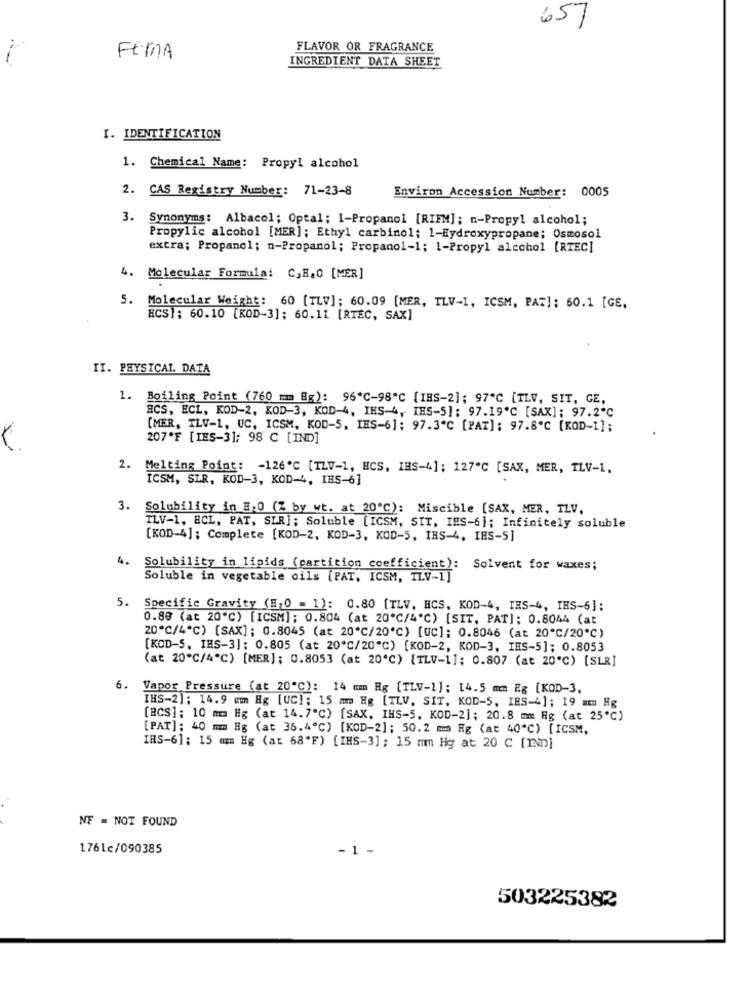
651
FLAVOR OR FRAGRANCE
FEMA
INGREDIENT DATA SHEET
I. IDENTIFICATION
1. Chemical Name: Propyl alcohol
2. CAS Registry Number: 71-23-8
Environ Accession Number: 0005
3.
Synonyms: Albacol; Optal; 1-Propanol [RIFM]; n-Propyl alcohol;
Propylic alcohol [MER]; Ethyl carbinol; 1-Eydroxypropane; Osmosol
extra; Propanol; n-Propanol; Propanol-1; 1-Propyl alcohol [RTEC]
Molecular Formula: C,E20 [MER]
5. Molecular Weight: 60 [TLV]; 60.09 [MER, ILV-1, ICSM, PAT]: 60.1 [GE,
aCS]: 60.10 [KOD-3]; 60.11 [RTEC, SAX]
II. PHYSICAL DATA
1. Boiling Point (760 mm Hg): 96'℃-98'℃ [ IHS-2]; 97ª℃ [TLV, SIT, GE,
ECS, ECL, KOD-2, KOD-3, KOD-4, IHS-4, IHS-5]; 97.19'℃ [SAX]; 97.2℃
[MER, TLV-1, UC, ICSM, KOD-S. IES-6]; 97.3"℃ [PAT]: 97.8℃ [KOD-1];
207ºF [IES-31; 98 C [IND]
2.
Melting Point: - 126℃ [TZV-1, HCS, IES-4]; 127'℃ [SAX, MER, TLV-1.
ICSM, SLR, KOD-3, KOD-4, IHS-6]
3.
Solubility in #20 (% by wt. at 20℃): Miscible [SAX, MER, ILV,
TLV-1, 8CL, PAT, SIR]; Soluble [ICSM, SIT, IES-6]; Infinitely soluble
[KOD-4]; Complete [KOD-2, KOD-3, KOD-5, IHS-4, IES-5]
4.
Solubility in lipids (partition coefficient): Solvent for waxes;
Soluble in vegetable oils [PAT, ICSM, ILV-1]
5. Specific Gravity (H,0 = 1): 0.80 [TLV. HCS, KOD-4, IES-4, IHS-6];
0.89 (at 20"℃) [ICSM]; 0.804 (at 20"℃/4'℃) [SIT, PAT]; 0.8044 (at
20℃/4℃) [SAX]; 0.8045 (at 20"℃/20℃) [UC]; 0.8046 (at 20"℃/20℃)
[KOD-S, IMS-3]; 0.805 (at 20℃/20"℃) [KOD-2, KOD-3, IES-5]; 0.8053
(at 20"℃/4º℃) [MER]; 0.8053 (at 20'℃) {TLV-1]; 0.807 (at 20"℃) [SLR]
6.
Vapor Pressure (at 20℃): 14 mm Hg [TLV-1]: 14.5 mm Eg [KOD-3,
IHS-2]; 14.9 mm Hg [UC): 15 mm Hg [TLV, SIT, KOD-S, IES-4]; 19 mm Hg
[BCS]: 10 mm Hg (at 14.7"℃) [SAX. IHS-5, KOD-2]; 20.8 mm Hg (at 25℃)
[PAT]; 40 mm Hg (at 35.4º℃) [KOD-2]; 50.2 mm Rg (at 40'℃) [ICSM,
INS-6]; 15 mm Hg (at 68"F) [IHS-3]; 15 mm Hg at 20 C [IND]
NF = NOT FOUND
1761c/090385
-1 -
503225382